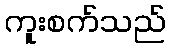
ကူးစက်သည်